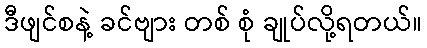
ဒီဖျင်စနဲ့ ခင်ဗျား တစ် စုံ ချုပ်လို့ရတယ်။